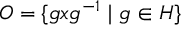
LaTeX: { \cal O } = \{ g x g ^ { - 1 } \mid g \in H \} \nonumber